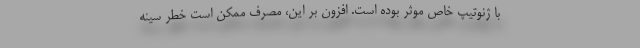
با ژنوتیپ خاص موثر بوده است. افزون بر این، مصرف ممکن است خطر سینه